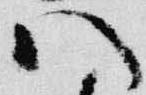
八